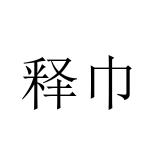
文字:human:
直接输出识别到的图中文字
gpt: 释巾